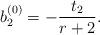
LaTeX: \begin{align*}b_{2}^{(0) }= -\frac{t_{2}}{r+2} . \end{align*}